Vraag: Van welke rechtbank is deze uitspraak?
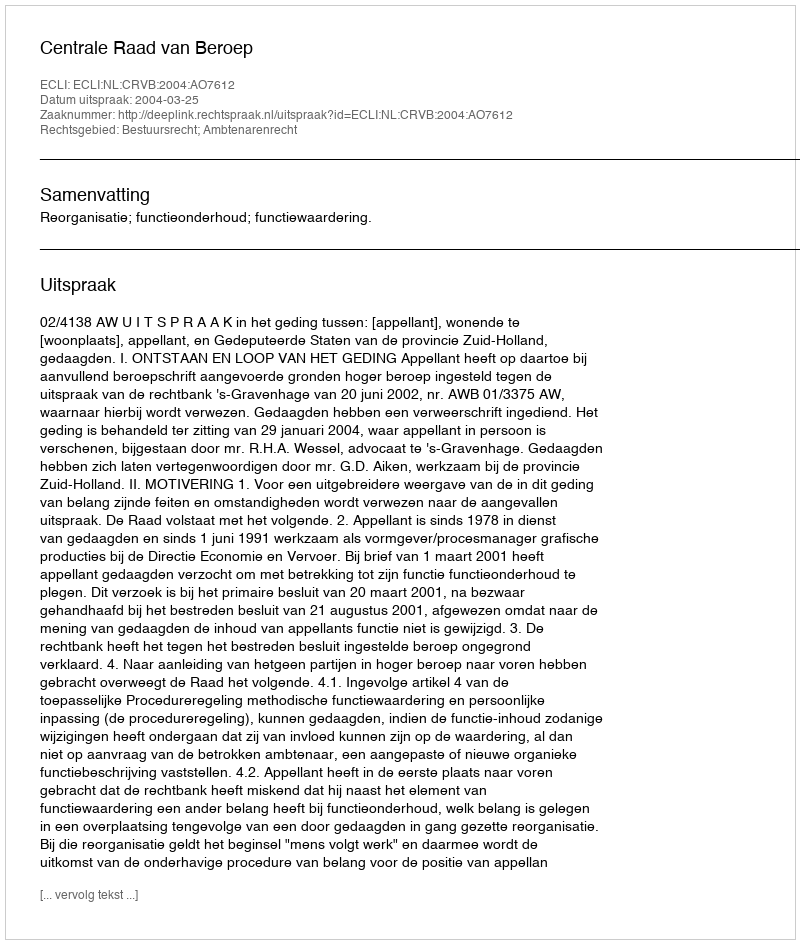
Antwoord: Centrale Raad van Beroep